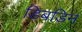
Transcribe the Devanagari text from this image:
डिबडिन